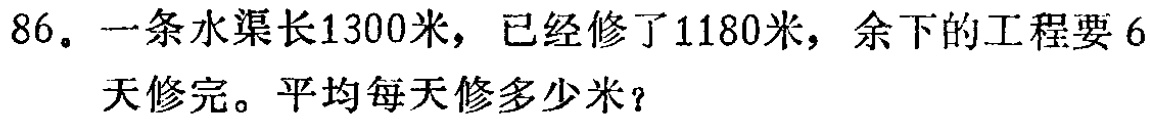
86。一条水渠长1300米，已经修了1180米，余下的工程要6天修完。平均每天修多少米？